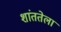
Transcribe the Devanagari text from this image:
शांततेला